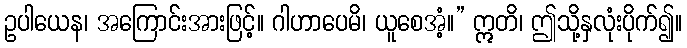
ဥပါယေန၊ အကြောင်းအားဖြင့်။ ဂါဟာပေမိ၊ ယူစေအံ့။” ဣတိ၊ ဤသို့နှလုံးပိုက်၍။